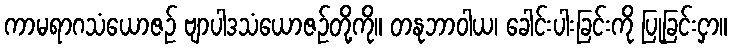
ကာမရာဂသံယောဇဉ် ဗျာပါဒသံယောဇဉ်တို့ကို။ တနုဘာဝါယ၊ ခေါင်းပါးခြင်းကို ပြုခြင်းငှာ။